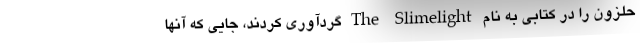
حلزون را در کتابی به نام The Slimelight گردآوری کردند، جایی که آنها